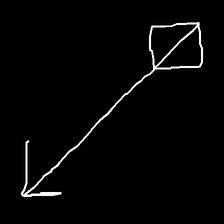
Glyph: focus